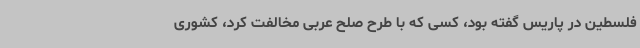
فلسطین در پاریس گفته بود، کسی که با طرح صلح عربی مخالفت کرد، کشوری